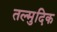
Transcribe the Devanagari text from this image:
तल्मुदिक